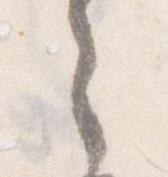
之